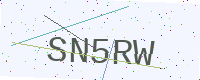
Text: SN5RW